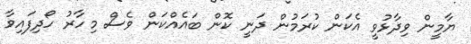
ޔާމީން ވިދާޅުވީ އެކަން ކުރަމުން ދަނީ ކޮން ބައެއްކަން ވެސް މިހާރު ހޯދިފައިވާ